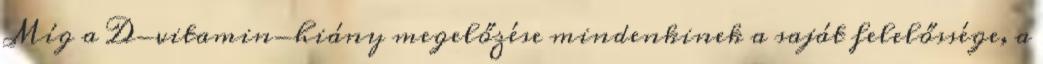
Míg a D-vitamin-hiány megelőzése mindenkinek a saját felelőssége, a